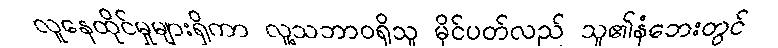
လူနေထိုင်မှုများရှိကာ လူ့သဘာဝရှိသူ မိုင်ပတ်လည် သူ၏နံဘေးတွင်